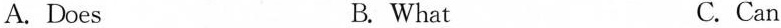
A.Does B. What C. Can